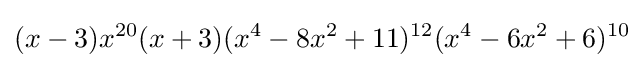
(x-3)x^{20}(x+3)(x^{4}-8x^{2}+11)^{12}(x^{4}-6x^{2}+6)^{10}